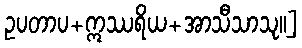
ဥပတာပ+ဣဿရိယ+အာသီသာသု။]